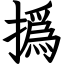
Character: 撝